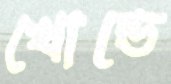
খোন্ডে